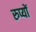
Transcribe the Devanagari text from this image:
रुप्यों